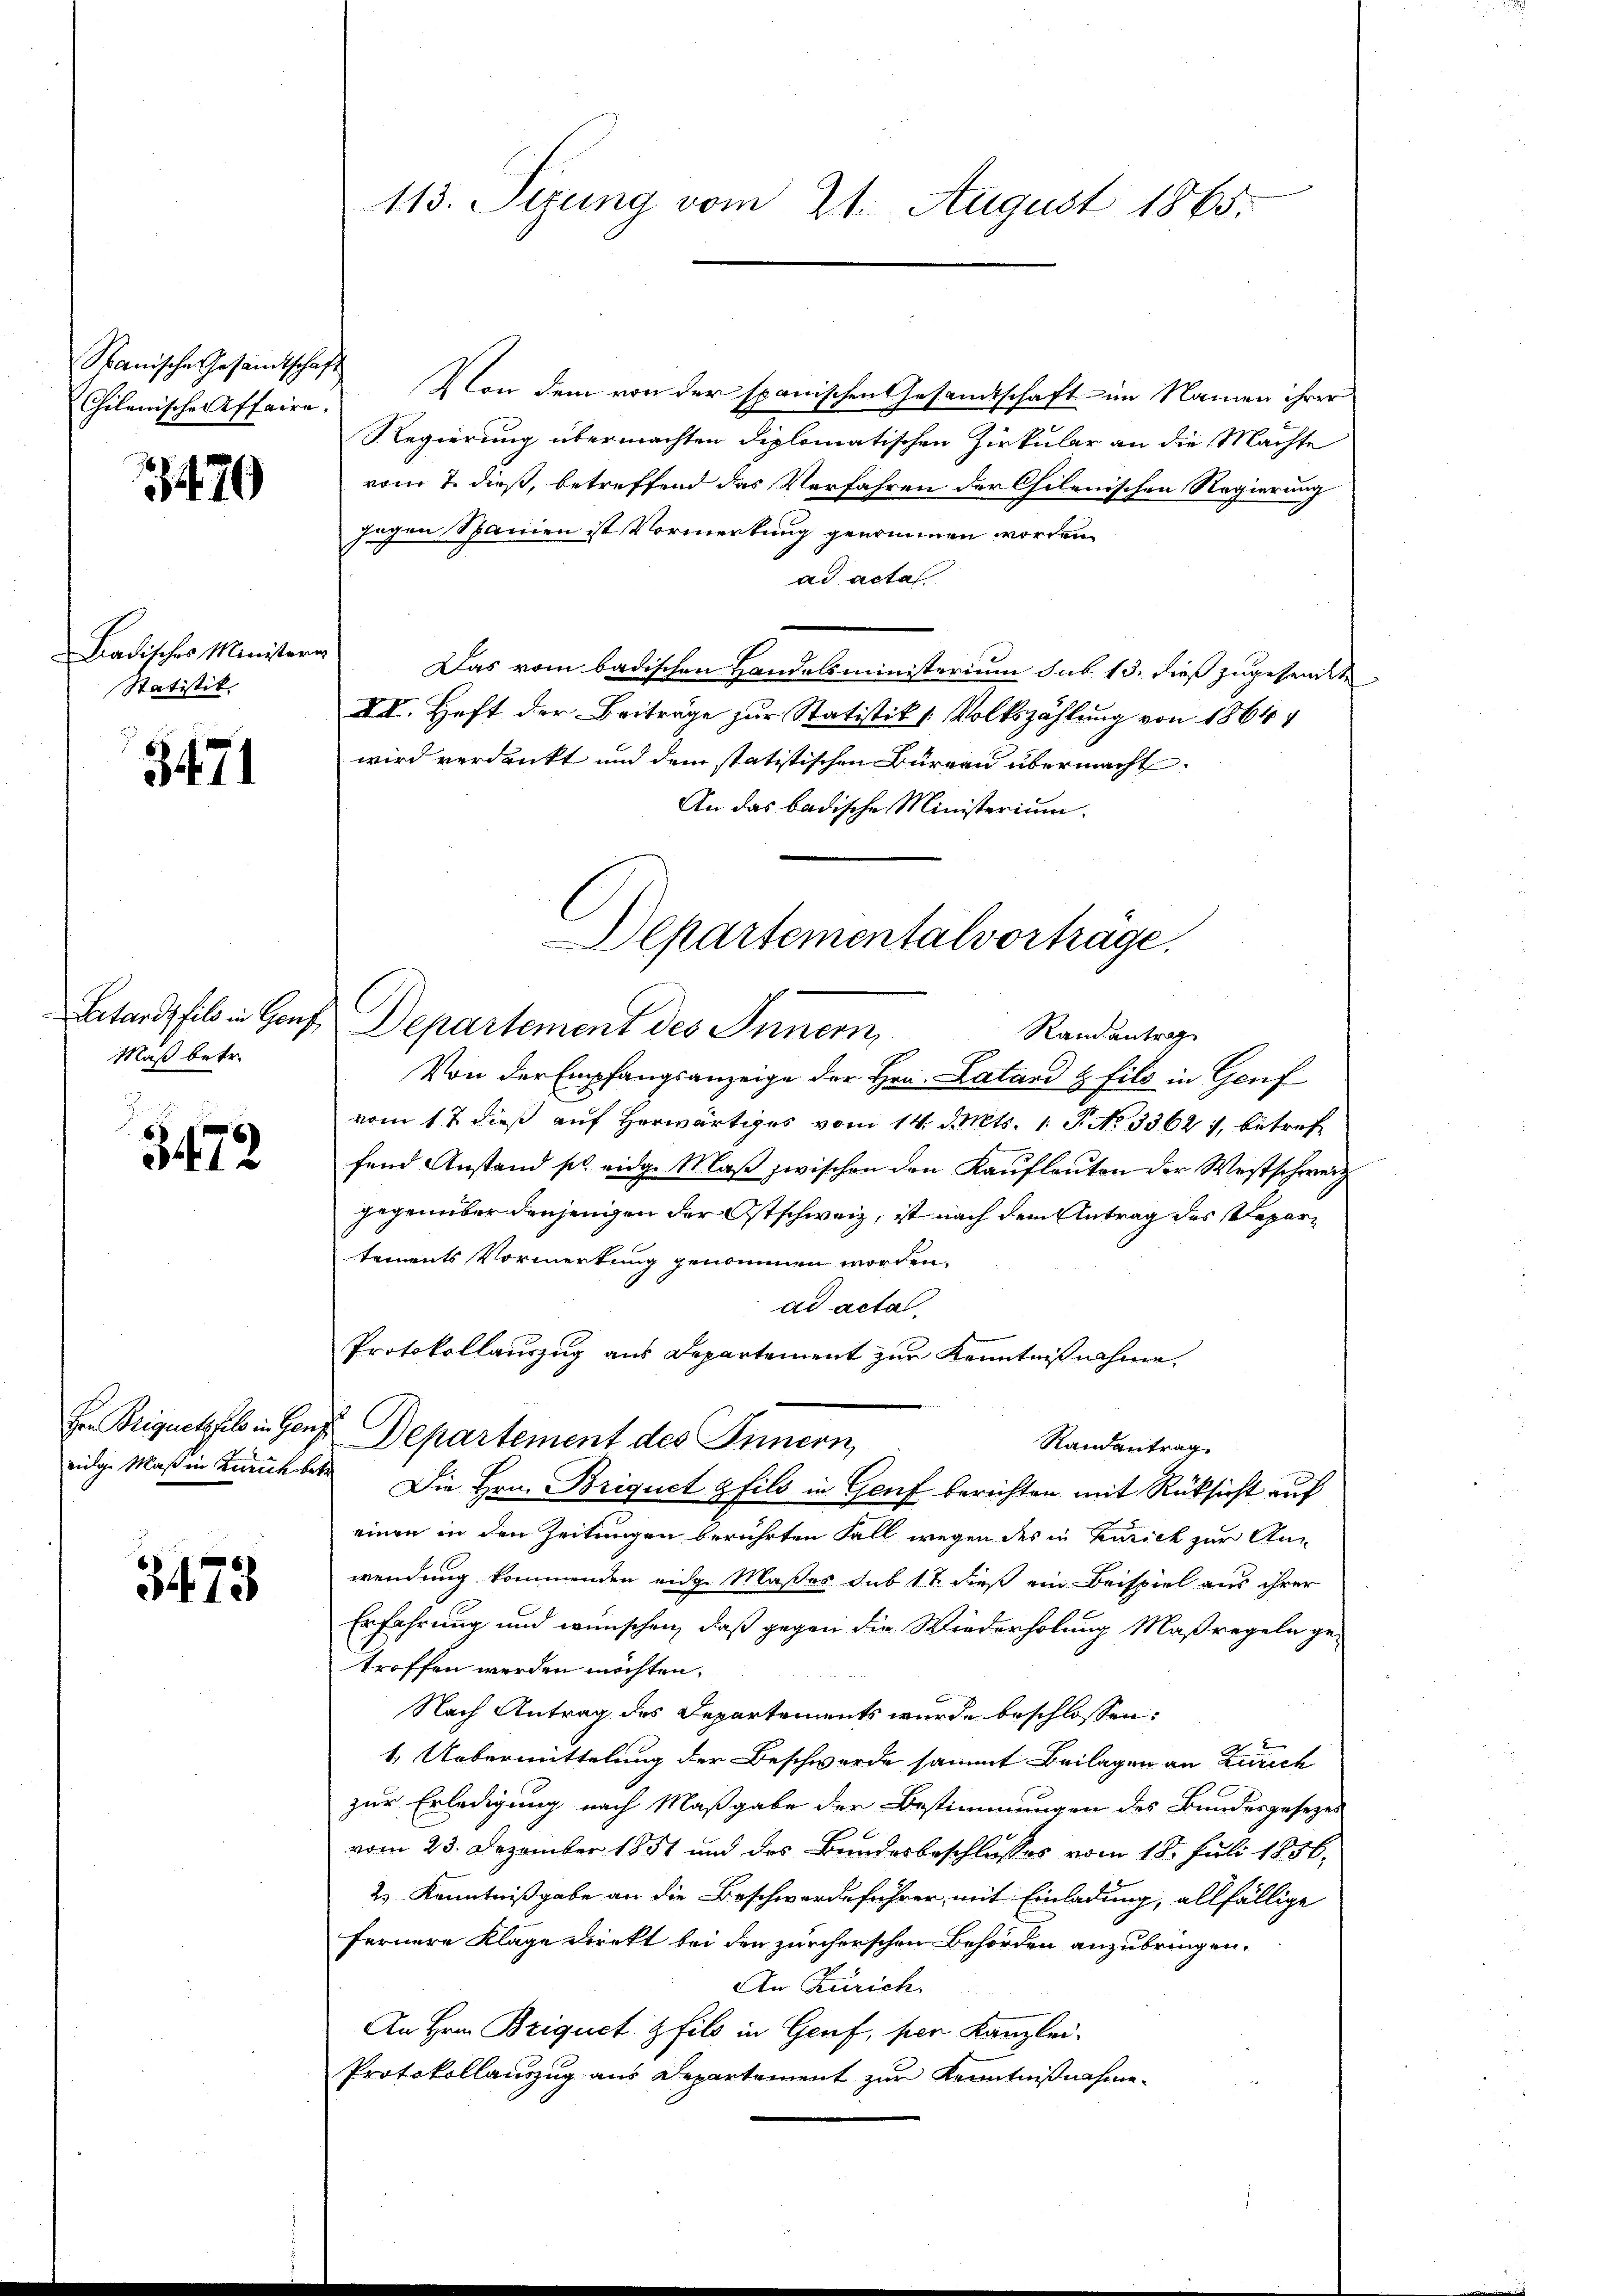
Chilenische Affaire.

3470

Badisches Ministern
Statistik

3471

Maß betr.

3472.

3473

113. Sezung vom 21. August 1865.

Stanische Gesamtschaft von dem von der spanischen Gesandtschaft im Namen ihrer
Regierung übermachten diplomatischen Zirkular an die Machte
vom 7. dieß, betreffend das Verfahren der Chilenischen Regierung
egen Spanien ist Vormerkung genommen worden.
ad acta
Das vom badischen Handelsministerium sub 13. dieß zugesandte
XII. Heft der Beiträge zur Statistik 1 Volkszählung von 1864
wird verdankt und dem statistischen Burgau übermacht.
An das badische Ministerium.
Von der Empfangsanzeige der Hrn. Latand & fils in Genf
vom 12 dieß auf herwärtiges vom 14. d. Mts. 1. P. No 3362), betreffend Anstand pl. eidg. Maß zwischen den Kaufleuten der Westschweiz
gegenüber denjenigen der Ostschweiz, ist nach dem Antrag des Departements Vormerkung genommen worden.
ad acta.
Protokollauszug aus Departement zur Kenntnißnahme,
Hr. Briquetzfel in Gens Departement des Innern,
Randantrag
eidge Maßin zurückber Die Hrn. Briquet philo in Genf berichten mit Rücksicht auf
einen in den Zeitungen berührten Fall wegen des in Zürich zur Anwendung kommenden eidg. Maßes sub 11 dieß ein Beispiel aus ihrer
Erfahrung und wünschen, daß gegen die Wiederholung Maßregeln getroffen werden möchten.
Nach Antrag des Departements wurde beschlossen:
1. Uebermittelung der Beschwerde sammt Beilagen an Zürich
zur Erledigung nach Maßgabe der Bestimmungen des Bundesgesezes
vom 23. Dezember 1851 und des Bundesbeschlusses vom 18. Juli 1856.
2) Kenntnißgabe an die Beschwerdeführer mit Einladung, allfällige
fernere Klage direkt bei den zürcherschen Behörden anzubringen.
An Zürich.
An Hrn. Briquet fils in Genf, per Kanzlei-
Protokollauszug aus Departement zur Kenntnißnahme

Departementalvorträge.
Petardshib in Haus Departement des Innern
Randantrag